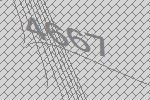
4667